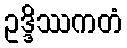
ဥဒ္ဒိဿကတံ